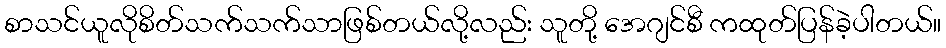
စာသင်ယူလိုစိတ်သက်သက်သာဖြစ်တယ်လို့လည်း သူတို့ အေဂျင်စီ ကထုတ်ပြန်ခဲ့ပါတယ်။